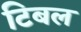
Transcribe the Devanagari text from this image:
टिबल